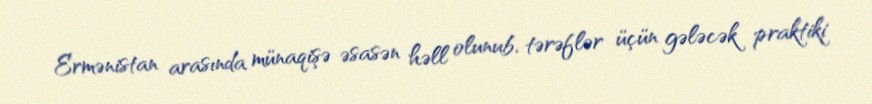
Ermənistan arasında münaqişə əsasən həll olunub, tərəflər üçün gələcək praktiki